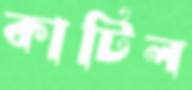
কাটিল